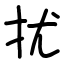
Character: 扰